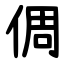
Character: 倜